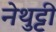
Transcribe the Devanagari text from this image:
नेथुट्टी